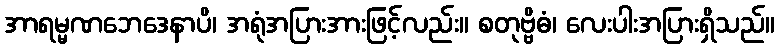
အာရမ္မဏဘေဒေနာပိ၊ အရုံအပြားအားဖြင့်လည်း။ စတုဗ္ဗိဓံ၊ လေးပါးအပြားရှိသည်။